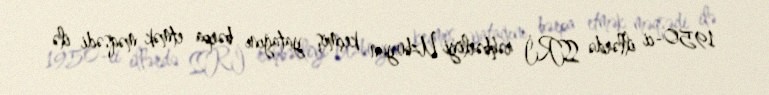
1950-ci illərdə SSRİ rəhbərliyi Uzboyun keçmiş yatağını bərpa etmək məqsədi ilə